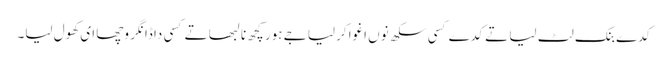
کدے بنک لٹ لیا تے کدے کسی سکھ نوں اغوا کرلیا جے ہور کچھ نا لبھا تے کسی دا ڈانگر وچھا ای کھول لیا۔